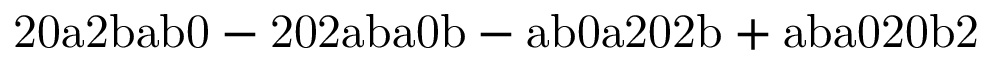
\mathrm { 2 0 a 2 b a b 0 - 2 0 2 a b a 0 b - a b 0 a 2 0 2 b + a b a 0 2 0 b 2 }